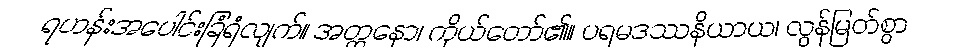
ရဟန်းအပေါင်းခြံရံလျက်။ အတ္တနော၊ ကိုယ်တော်၏။ ပရမဒဿနိယာယ၊ လွန်မြတ်စွာ